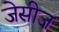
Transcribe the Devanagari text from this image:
जेसीज़